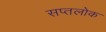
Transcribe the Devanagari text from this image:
सप्तलोक